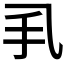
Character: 𢩦